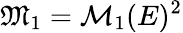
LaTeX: \mathfrak{M}_{1}=\mathcal{M}_{1}(E)^{2}